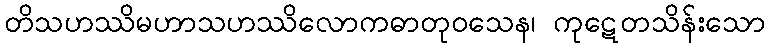
တိသဟဿိမဟာသဟဿိလောကဓာတုဝသေန၊ ကုဋေတသိန်းသော